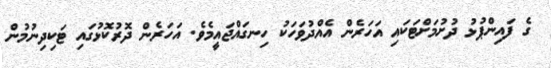
ގެ ފައިންޕުޅު ދުށުމަށްޓަކައި އަހަރެން އެއްދުވަހަކު ހިނގައްޖައީމެވެ. އަހަރެން ދޮރުކޮޅުގައި ޓަކިދިނުމުން